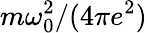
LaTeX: m\omega_{0}^{2}/(4\pi e^{2})